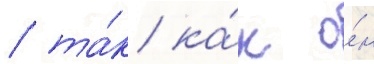
/ та́к ка́к о́н